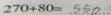
2 7 0 + 8 0 = 5 5 0